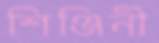
শিঞ্জিনী